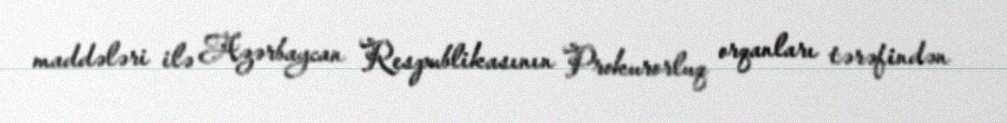
maddələri ilə Azərbaycan Respublikasının Prokurorluq orqanları tərəfindən